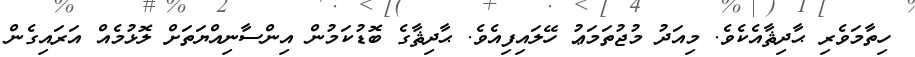
ހިތާމަވެރި ޙާދިޘާއެކެވެ. މިއަދު މުޖުތަމަޢު ހޭލައިފިއެވެ. ޙާދިޘާގެ ބޮޑުކަމުން އިންސާނިއްޔަތަށް ލޮޅުމެއް އަރައިގެން